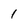
Character: l